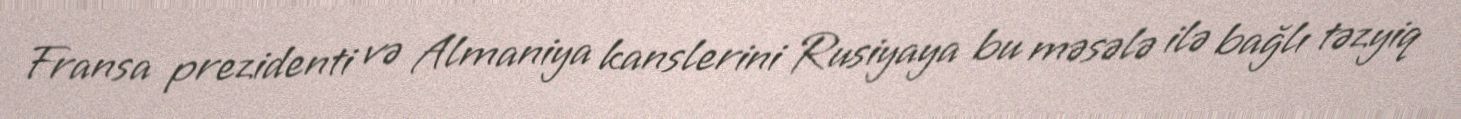
Fransa prezidenti və Almaniya kanslerini Rusiyaya bu məsələ ilə bağlı təzyiq